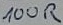
Text: 100R